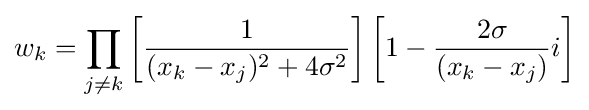
w_{k}=\prod _{j\neq k}\left[{\frac {1}{(x_{k}-x_{j})^{2}+4\sigma ^{2}}}\right]\left[1-{\frac {2\sigma }{(x_{k}-x_{j})}}i\right]